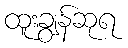
ထူးချွန်ဆုရ